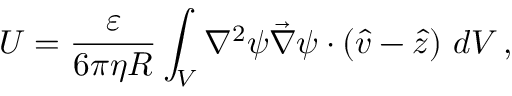
U = \frac { \varepsilon } { 6 \pi \eta R } \int _ { V } \nabla ^ { 2 } \psi \Vec { \nabla } \psi \cdot ( \hat { v } - \hat { z } ) \ d V \, ,